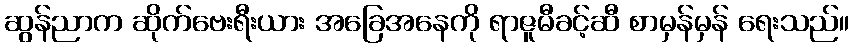
ဆွန်ညာက ဆိုက်ဗေးရီးယား အခြေအနေကို ရာဇူမီခင့်ဆီ စာမှန်မှန် ရေးသည်။